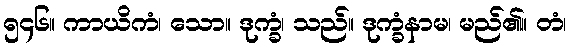
၅၄၆။ ကာယိကံ၊ သော။ ဒုက္ခံ၊ သည်။ ဒုက္ခံနာမ၊ မည်၏။ တံ၊